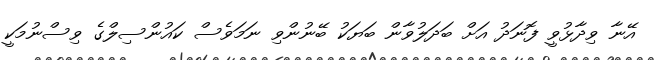
އޭނާ ވިދާޅުވީ ފޮނަދު އަށް ބަދަލުވާން ބަޔަކު ބޭނުންވި ނަމަވެސް ކައުންސިލްގެ ވިސްނުމަކީ